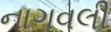
નાગવલી